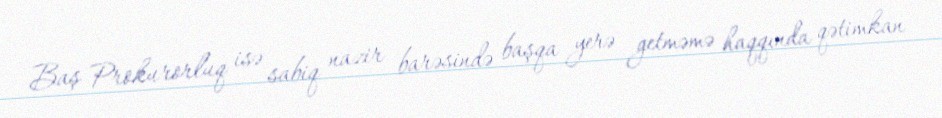
Baş Prokurorluq isə sabiq nazir barəsində başqa yerə getməmə haqqında qətimkan